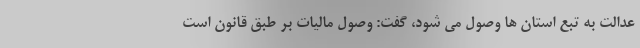
عدالت به تبع استان ها وصول می شود، گفت: وصول مالیات بر طبق قانون است